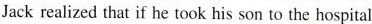
Jack realized that if he took his son to the hospita